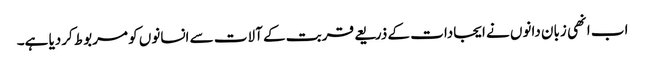
اب انھی زبان دانوں نے ایجادات کے ذریعے قربت کے آلات سے انسانوں کو مربوط کردیا ہے۔